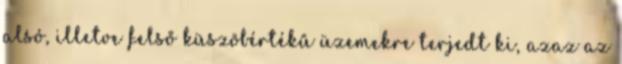
alsó, illetve felső küszöbértékű üzemekre terjedt ki, azaz az